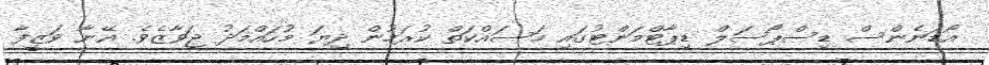
އޯޑަނެންސް ޑިސްޕޯސަލް ޑިޕާޓްމަންޓުގައި މަސައްކަތް ކުރަމުން ދިޔަ މުހައްމަދު ޖަވާޒެވެ. އޭނާ ވަޒީފާ